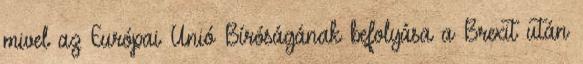
mivel az Európai Unió Bíróságának befolyása a Brexit után